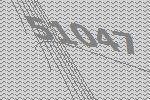
51047